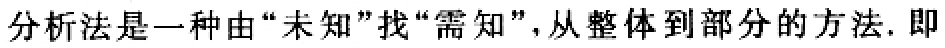
分析法是一种由“未知”找“需知”，从整体到部分的方法. 即